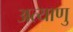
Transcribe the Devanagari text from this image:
अत्याणु